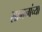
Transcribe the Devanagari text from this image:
सामनांच्या